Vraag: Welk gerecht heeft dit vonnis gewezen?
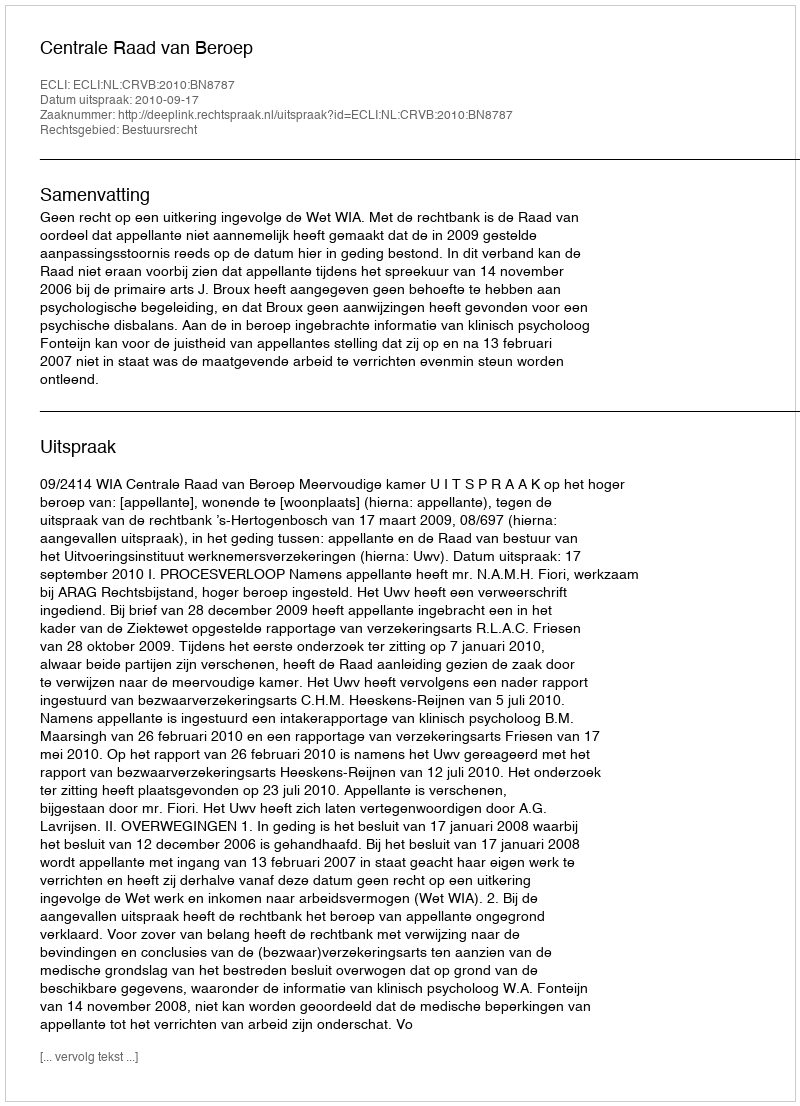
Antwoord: Centrale Raad van Beroep